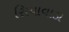
સિયાવાડા